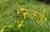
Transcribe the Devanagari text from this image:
रुकते।